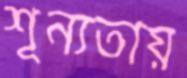
শূন্যতায়